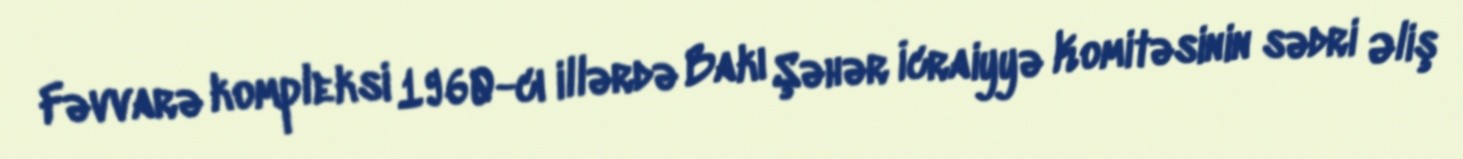
Fəvvarə kompleksi 1960-cı illərdə Bakı Şəhər İcraiyyə Komitəsinin sədri Əliş